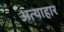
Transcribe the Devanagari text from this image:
अत्याहार